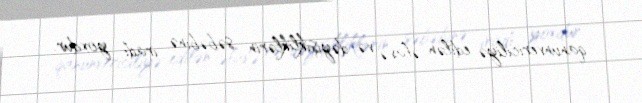
qanunvericiliyə edilən əlavə və dəyişikliklərin səbəbinə iradı yoxdur.